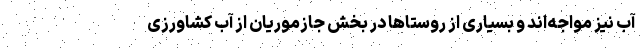
آب نیز مواجه‌اند و بسیاری از روستاها در بخش جازموریان از آب کشاورزی